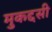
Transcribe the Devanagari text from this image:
मुकद्दसी